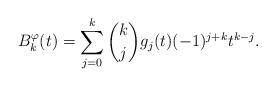
LaTeX: \begin{align*}B_k^{\varphi}(t)=\sum_{j=0}^k\binom{k}{j} g_j(t)(-1)^{j+k}t^{k-j}.\end{align*}